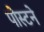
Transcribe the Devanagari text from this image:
पोस्टने